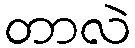
တာလဲ